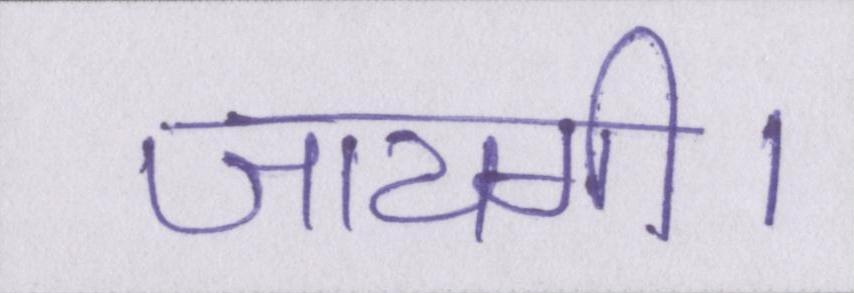
जायगी।